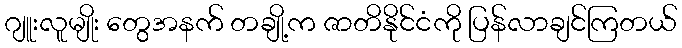
ဂျူးလူမျိုး တွေအနက် တချို့က ဇာတိနိုင်ငံကို ပြန်လာချင်ကြတယ်